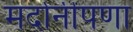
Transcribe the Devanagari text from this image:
मर्दानीपणा